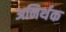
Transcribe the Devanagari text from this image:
अनिर्थक